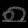
Digit: ၈